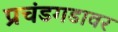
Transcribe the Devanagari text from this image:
प्रचंडगडावर